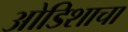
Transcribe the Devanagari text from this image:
ओडिशाचा